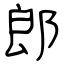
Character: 郎